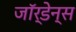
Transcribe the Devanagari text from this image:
जॉर्डेन्स